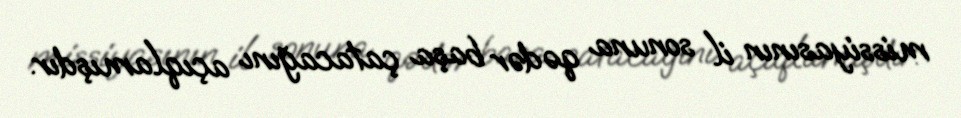
missiyasının il sonuna qədər başa çatacağını açıqlamışdır.